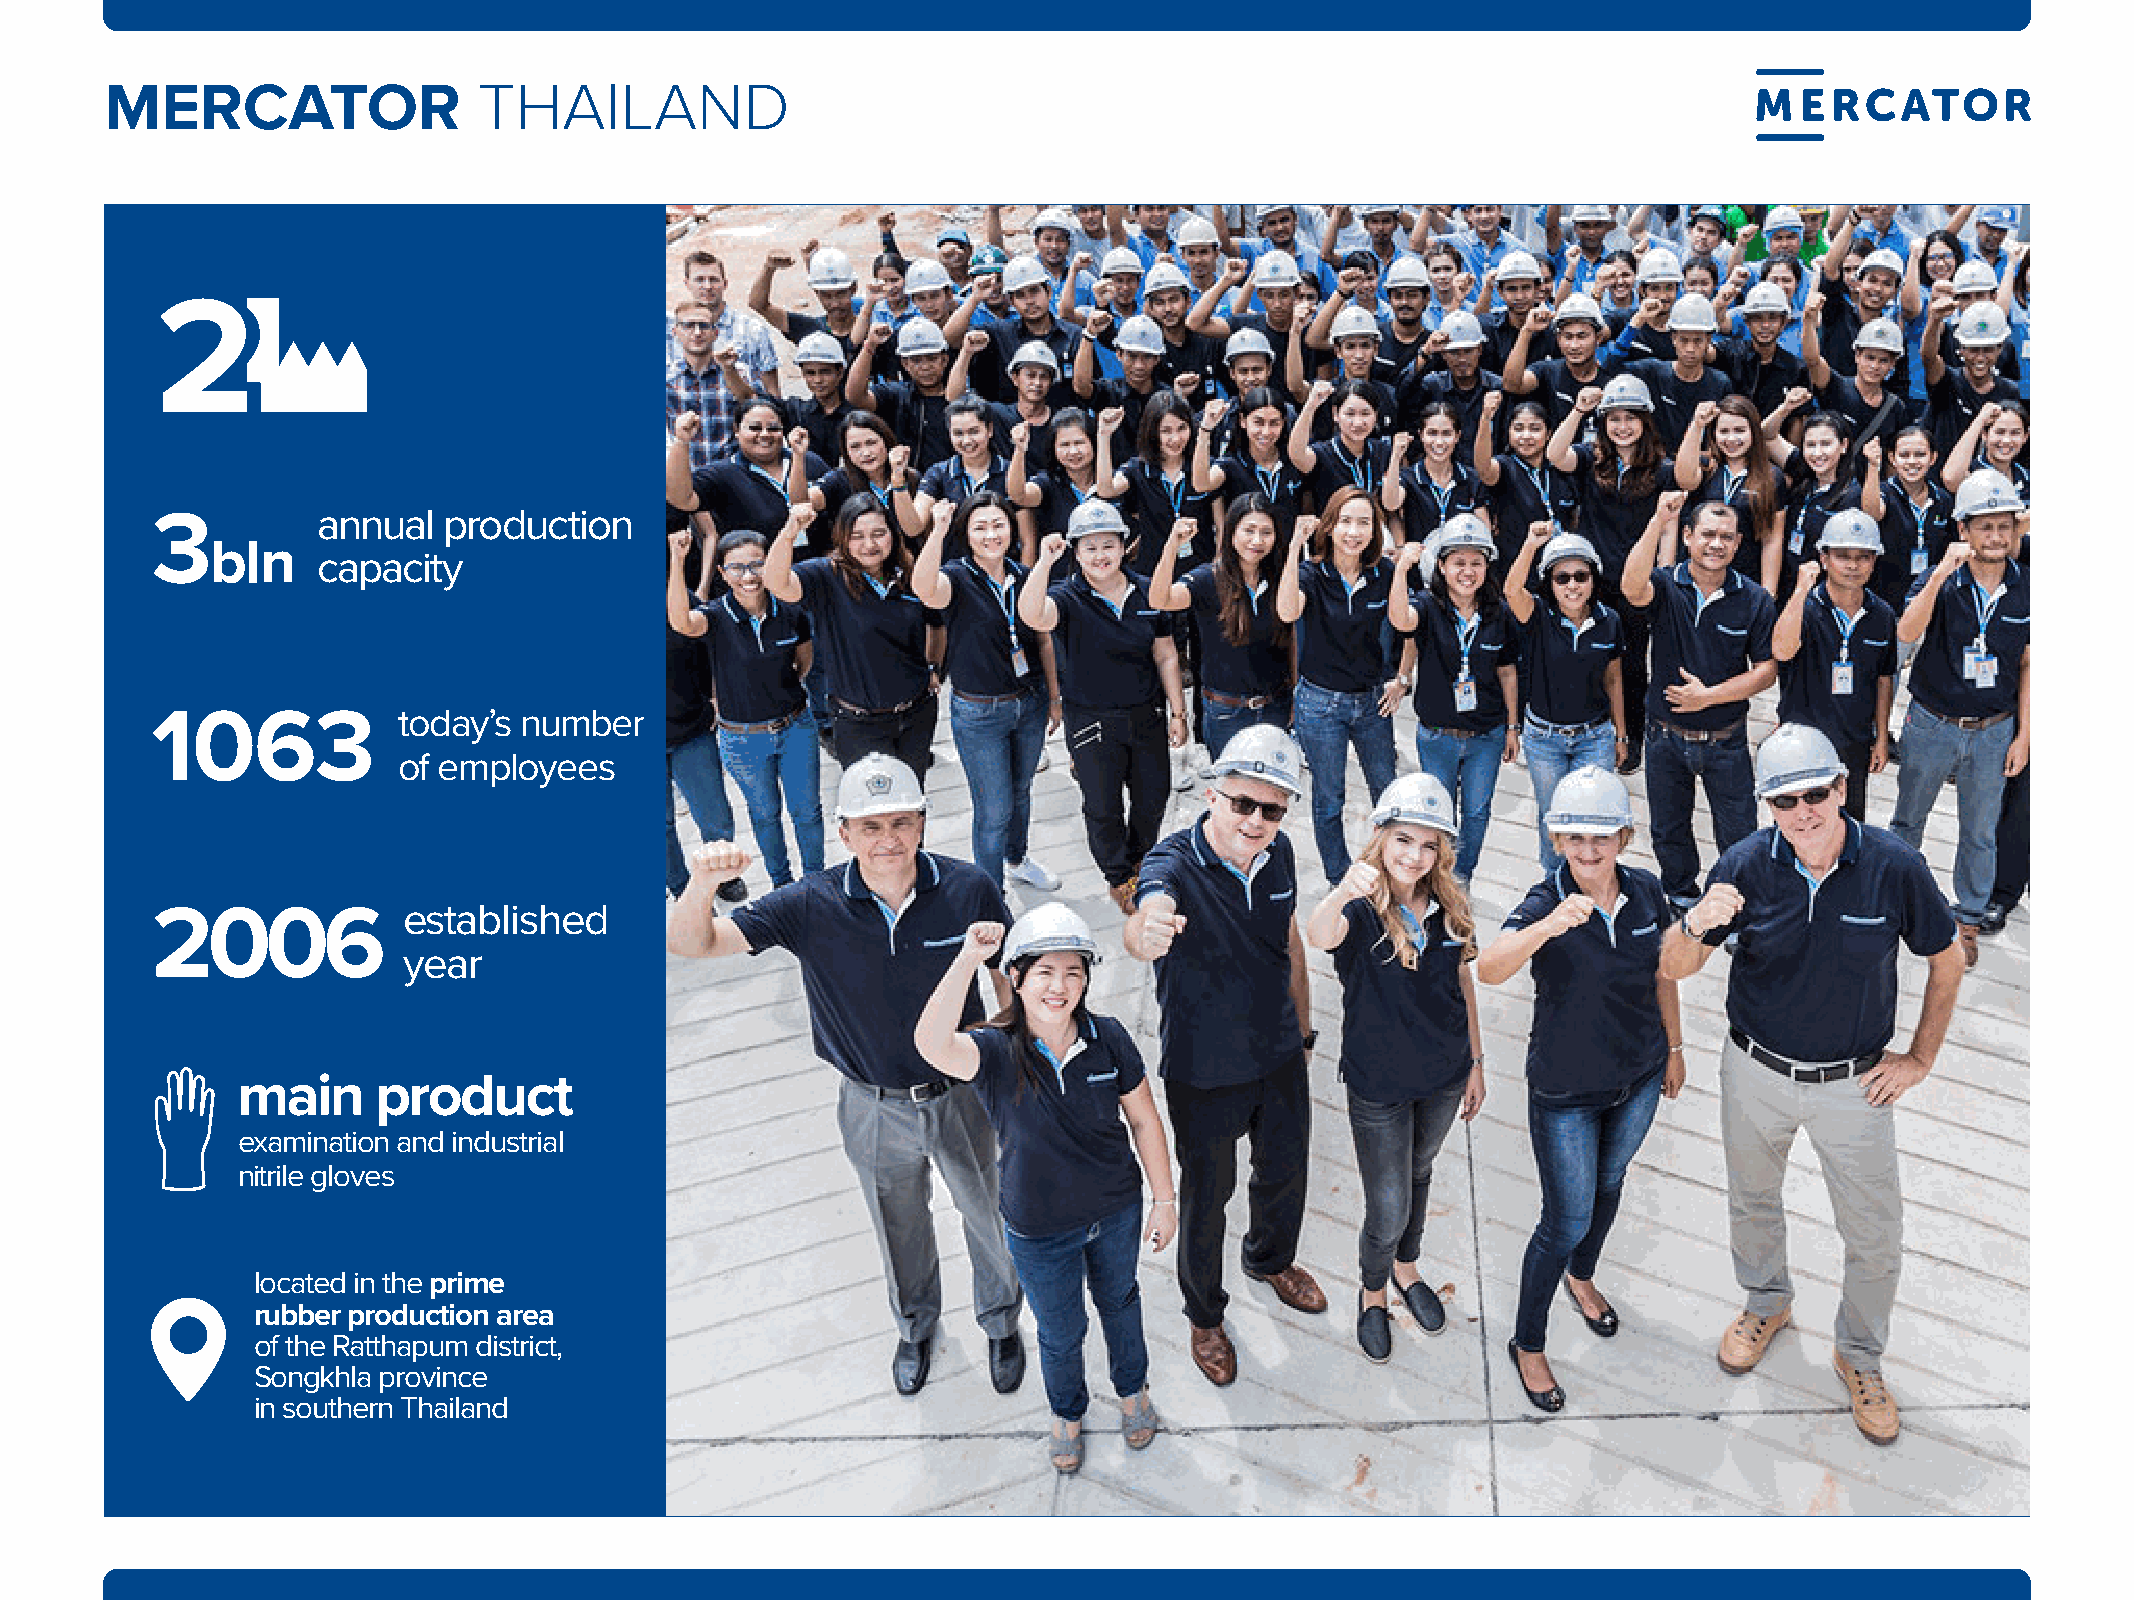
MERCATOR                 tHaIlaNd
 annual  production
 3
 bln
 capacity
 1063            today’s number
 of employees
 2006             established
 year
 main     product
 examination and industrial
 nitrile gloves
 located in the prime
 rubber production area
 of the Ratthapum district,
 Songkhla province
 in southern Thailand